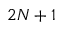
2 N + 1